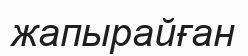
жапырайған